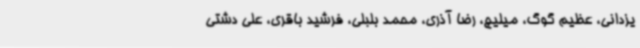
یزدانی، عظیم گوگ، میلیچ، رضا آذری، محمد بلبلی، فرشید باقری، علی دشتی